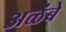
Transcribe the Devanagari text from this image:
अळंबे